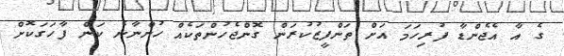
ގެ އާ އެޖެންޑާ ފުރިހަމަ އަށް ތަންފީޒުކުރަން ގޮންޖެހުންތަކެއް ހުންނާނެ ކަން ފާހަގަކޮށް